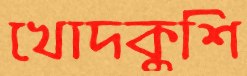
খোদকুশি